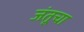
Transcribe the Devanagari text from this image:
जंतूचा